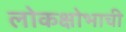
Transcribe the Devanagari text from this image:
लोकक्षोभाची